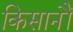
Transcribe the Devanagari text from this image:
किसानौं